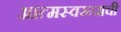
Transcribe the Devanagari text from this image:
आत्मस्वरूपाची